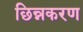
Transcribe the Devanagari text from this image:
छिन्नकरण